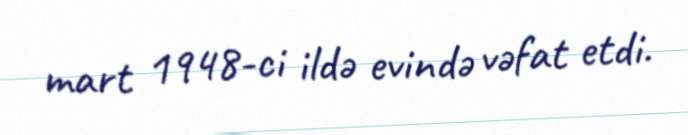
mart 1948-ci ildə evində vəfat etdi.